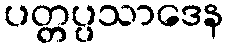
ပတ္တပ္ပသာဒေန